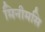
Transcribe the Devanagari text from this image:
मिनीमसि